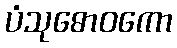
ပံသုဓောဝကော